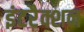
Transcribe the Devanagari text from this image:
इंटरैक्शन